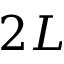
2 L